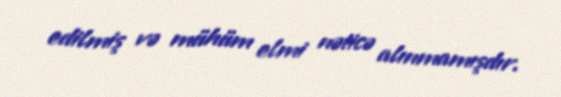
edilmiş və mühüm elmi nəticə alınmamışdır.